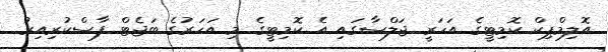
އޮލިމްޕިކް ކޮމިޓީގެ އަހަރީ ޖަލްސާގައި އެ ކޮމިޓީގެ މި އަހަރުގެ ބަޖެޓް ފާސްކުރިއިރު